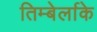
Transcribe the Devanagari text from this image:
तिम्बेर्लाके